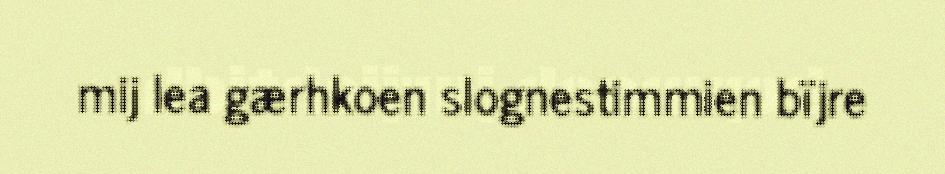
mij lea gærhkoen slognestimmien bïjre